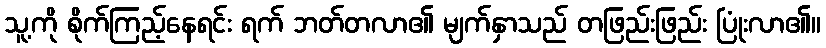
သူ့ကို စိုက်ကြည့်နေရင်း ရက် ဘတ်တလာ၏ မျက်နှာသည် တဖြည်းဖြည်း ပြုံးလာ၏။